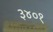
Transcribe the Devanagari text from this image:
३४०१